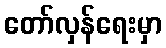
တော်လှန်ရေးမှာ